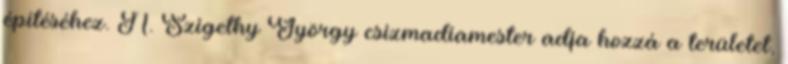
építéséhez. N. Szigethy György csizmadiamester adja hozzá a területet,